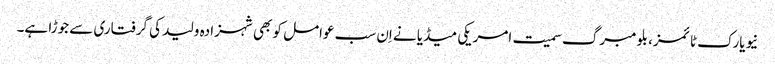
نیویارک ٹائمز، بلومبرگ سمیت امریکی میڈیا نے اِن سب عوامل کو بھی شہزادہ ولید کی گرفتاری سے جوڑا ہے۔